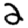
Digit: 2